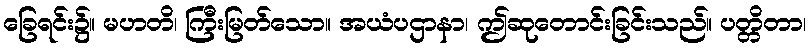
ခြေရင်း၌။ မဟတိ၊ ကြီးမြတ်သော။ အယံပဌာနာ၊ ဤဆုတောင်းခြင်းသည်။ ပတ္တိတာ၊